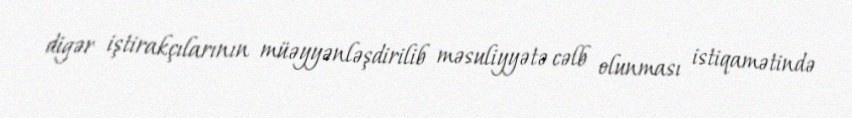
digər iştirakçılarının müəyyənləşdirilib məsuliyyətə cəlb olunması istiqamətində